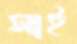
সাই